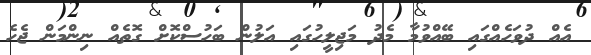
އެއް ދުވަހެއްގައި ބޭއްވުމާ މެދު މަޖިލީހުގައި އަލުން ބަހުސްކޮށް ގޮތެއް ނިންމަން ޖެހެ